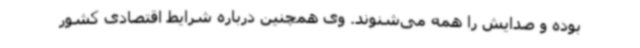
بوده و صدایش را همه می‌شنوند. وی همچنین درباره شرایط اقتصادی کشور